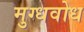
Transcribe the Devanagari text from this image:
मुग्धवोध